Indian journal of veterinary science and animal husbandry - Volume 6,
Year: 1936
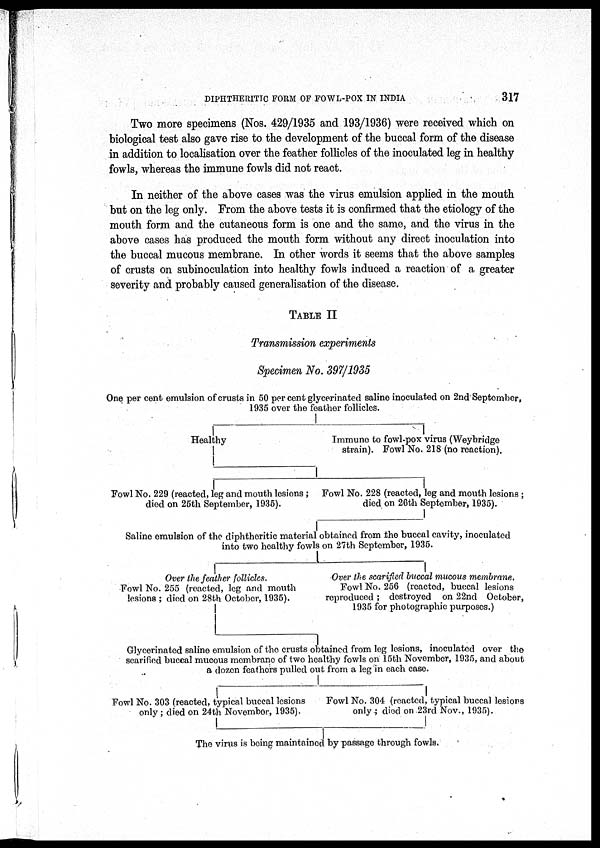
DIPHTHERITIC FORM OF FOWL-POX IN INDIA
317
Two more specimens (Nos. 429/1935 and 193/1936) were received which on
biological test also gave rise to the development of the buccal form of the disease
in addition to localisation over the feather follicles of the inoculated leg in healthy
fowls, whereas the immune fowls did not react.
In neither of the above cases was the virus emulsion applied in the mouth
but on the leg only. From the above tests it is confirmed that the etiology of the
mouth form and the cutaneous form is one and the same, and the virus in the
above cases has produced the mouth form without any direct inoculation into
the buccal mucous membrane. In other words it seems that the above samples
of crusts on subinoculation into healthy fowls induced a reaction of a greater
severity and probably caused generalisation of the disease.
TABLE II
Transmission experiments
Specimen No. 397/1935